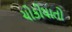
ચોકીયાતો